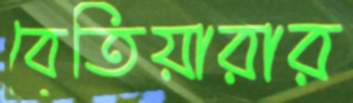
বেতিয়ারার